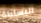
البساطة